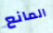
المانع